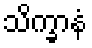
သိက္ခာနံ